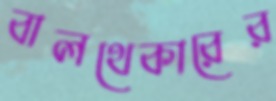
বালথেকারের